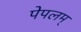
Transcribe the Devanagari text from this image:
पेपलम्